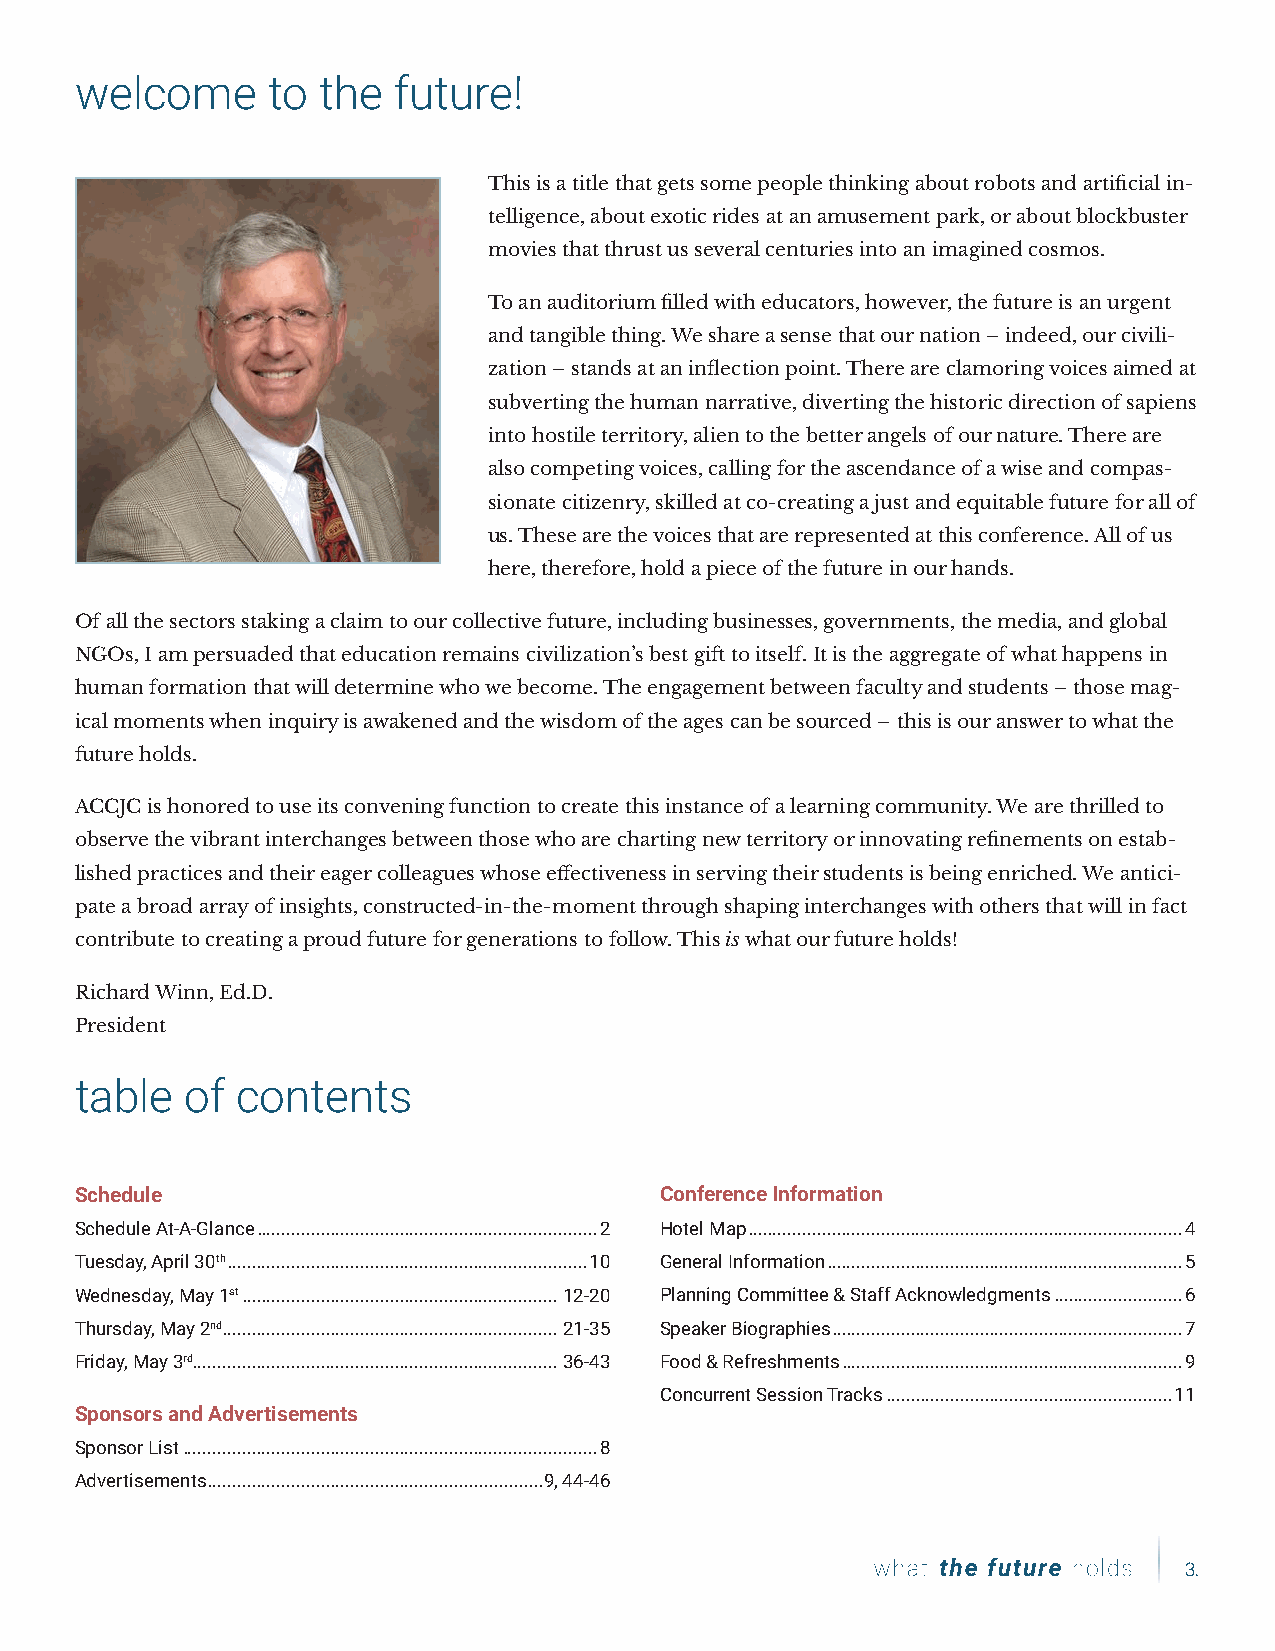
welcome      to the  future!
 This is a title that gets some people thinking about robots and artificial in-
 telligence, about exotic rides at an amusement park, or about blockbuster
 movies that thrust us several centuries into an imagined cosmos.
 To an auditorium filled with educators, however, the future is an urgent
 and tangible thing. We share a sense that our nation – indeed, our civili-
 zation – stands at an inflection point. There are clamoring voices aimed at
 subverting the human narrative, diverting the historic direction of sapiens
 into hostile territory, alien to the better angels of our nature. There are
 also competing voices, calling for the ascendance of a wise and compas-
 sionate citizenry, skilled at co-creating a just and equitable future for all of
 us. These are the voices that are represented at this conference. All of us
 here, therefore, hold a piece of the future in our hands.
 Of all the sectors staking a claim to our collective future, including businesses, governments, the media, and global
 NGOs, I am persuaded that education remains civilization’s best gift to itself. It is the aggregate of what happens in
 human formation that will determine who we become. The engagement between faculty and students – those mag-
 ical moments when inquiry is awakened and the wisdom of the ages can be sourced – this is our answer to what the
 future holds.
 ACCJC is honored to use its convening function to create this instance of a learning community. We are thrilled to
 observe the vibrant interchanges between those who are charting new territory or innovating refinements on estab-
 lished practices and their eager colleagues whose effectiveness in serving their students is being enriched. We antici-
 pate a broad array of insights, constructed-in-the-moment through shaping interchanges with others that will in fact
 contribute to creating a proud future for generations to follow. This is what our future holds!
 Richard Winn, Ed.D.
 President
 table  of  contents
 Schedule                               Conference Information
 Schedule At-A-Glance .....................................................................2 Hotel Map ........................................................................................4
 Tuesday, April 30th .........................................................................10 General Information ........................................................................5
 Wednesday, May 1st ................................................................12-20 Planning Committee & Staff Acknowledgments ..........................6
 Thursday, May 2nd ....................................................................21-35 Speaker Biographies .......................................................................7
 Friday, May 3rd ..........................................................................36-43 Food & Refreshments .....................................................................9
 Concurrent Session Tracks ..........................................................11
 Sponsors and Advertisements
 Sponsor List ....................................................................................8
 Advertisements ....................................................................9, 44-46
 3.